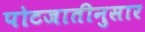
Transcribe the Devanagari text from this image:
पोटजातीनुसार